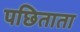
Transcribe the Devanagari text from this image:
पछिताता